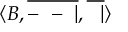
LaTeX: \langle B , { \overline { { - \ - \ | } } } , { \overline { { \ \ | } } } \rangle